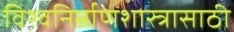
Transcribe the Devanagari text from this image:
विश्वनिर्माणशास्त्रासाठी